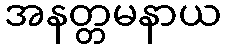
အနတ္တမနာယ